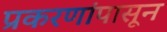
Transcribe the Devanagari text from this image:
प्रकरणांपासून